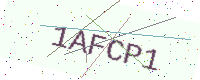
Text: 1AFCP1